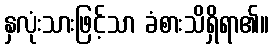
နှလုံးသားဖြင့်သာ ခံစားသိရှိရာ၏။